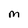
Character: M